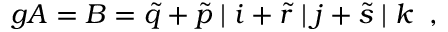
g { \cal A } = B = \tilde { q } + \tilde { p } \; \vert \; i + \tilde { r } \; \vert \; j + \tilde { s } \; \vert \; k \; \; ,